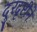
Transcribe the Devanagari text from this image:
दुरदृष्टीने